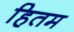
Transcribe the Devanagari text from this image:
हितम